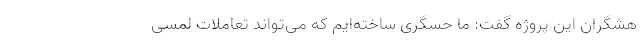
هشگران این پروژه گفت: ما حسگری ساخته‌ایم که می‌تواند تعاملات لمسی